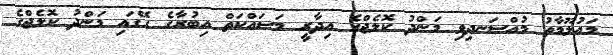
މައުލޫމާތު މުއްސަނދިވި މަންދު ކޮލެޖްގެ އިދާރީ މަސައްކަތް އިބުރާގެ ގޭގައި މަންދު ކޮލެޖްގެ